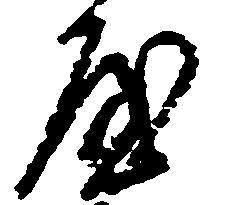
屋